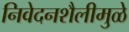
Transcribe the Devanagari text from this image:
निवेदनशैलीमुळे